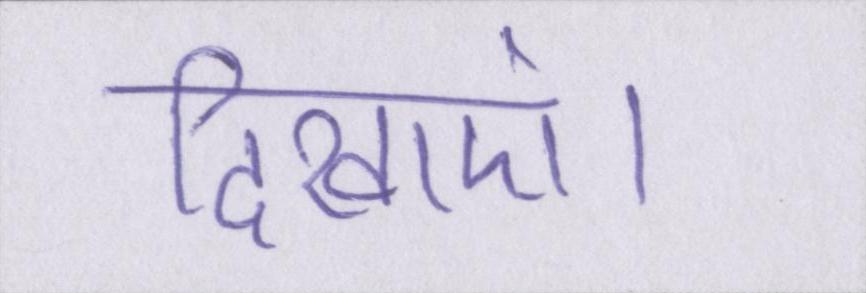
दिखाएं।